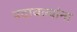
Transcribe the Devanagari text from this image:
पदावल्यांना